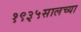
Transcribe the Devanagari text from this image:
१९३५सालच्या